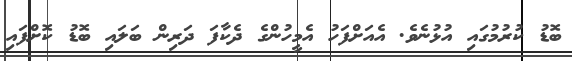
ބޮޑު ކުރުމުގައި އުޅުނެވެ. އެއަށްފަހު އެމީހުންގެ ދެކާފަ ދަރިން ބަލައި ބޮޑު ކޮށްފައި